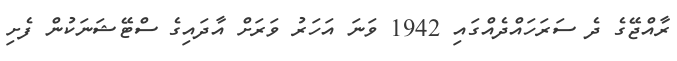
ރާއްޖޭގެ ދެ ސަރަހައްދެއްގައި 1942 ވަނަ އަހަރު ވަރަށް އާދައިގެ ސްޓޭޝަނަކުން ފެށި